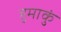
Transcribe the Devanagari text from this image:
हुमाकुं